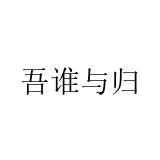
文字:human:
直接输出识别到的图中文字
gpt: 吾谁与归